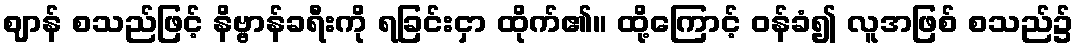
ဈာန် စသည်ဖြင့် နိဗ္ဗာန်ခရီးကို ရခြင်းငှာ ထိုက်၏။ ထို့ကြောင့် ဝန်ခံ၍ လူအဖြစ် စသည်၌